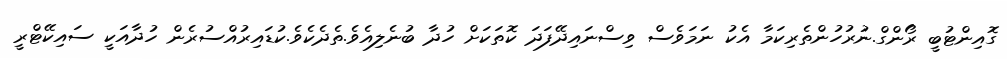
ގޮއިންޓުބީ ރޯންގް.ނުރުހުންތެރިކަމާ އެކު ނަމަވެސް ވިސްނައިދޭފަދަ ކޮތަކަށް ހުދާ ބުނެލިއެވެ.ތެދެކެވެ.ކުޑައިރުއްސުރެން ހުދާއަކީ ސައިކޭޓްރީ